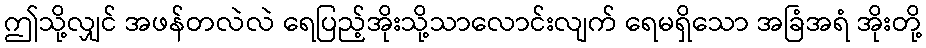
ဤသို့လျှင် အဖန်တလဲလဲ ရေပြည့်အိုးသို့သာလောင်းလျက် ရေမရှိသော အခြံအရံ အိုးတို့